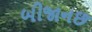
બીજાનછ